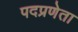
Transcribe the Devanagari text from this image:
पदप्रणेता